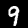
Digit: 9